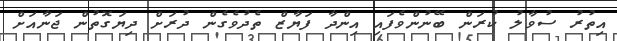
އިތުރު ސުވާލު ކުރަން ބޭނުންވެފައި އިންދާ ފަޔާޒް ތެދުވެގެން ދުރަށް ދިޔަގޮތުން ޖަނާއަށް